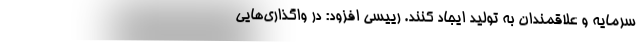
سرمایه و علاقمندان به تولید ایجاد کنند. رییسی افزود: در واگذاری‌هایی